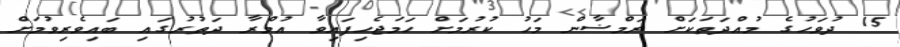
15 ދުވަހުގެ މުއްދަތަކަށް ރަމްޟާން މަހު ކުރުމަށް ހަމަޖެހިފައިވާ އުމްރާ ދަތުރުގައި ބައިވެރިވުމަށް